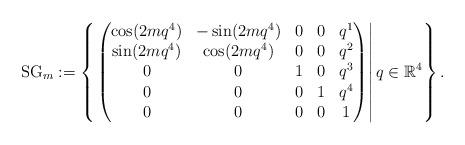
LaTeX: \begin{align*}\mathrm{SG}_m:=\left\{{\left.\begin{pmatrix}\cos(2mq^4)&-\sin(2mq^4)&0&0&q^1\\\sin(2mq^4)&\cos(2mq^4)&0&0&q^2\\0&0&1&0&q^3\\0&0&0&1&q^4\\0&0&0&0&1\end{pmatrix}\right|q\in\mathbb{R}^4}\right\}.\end{align*}